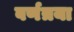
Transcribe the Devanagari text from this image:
वर्णत्रया